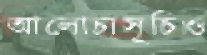
আলোচ্যসূচিও